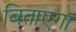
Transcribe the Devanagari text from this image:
बिताएगा